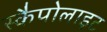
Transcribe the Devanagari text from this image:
स्कैपोलाइट